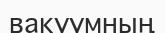
вакуумның